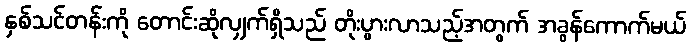
နှစ်သင်တန်းကို တောင်းဆိုလျှက်ရှိသည် တိုးပွားလာသည့်အတွက် အခွန်ကောက်မယ်